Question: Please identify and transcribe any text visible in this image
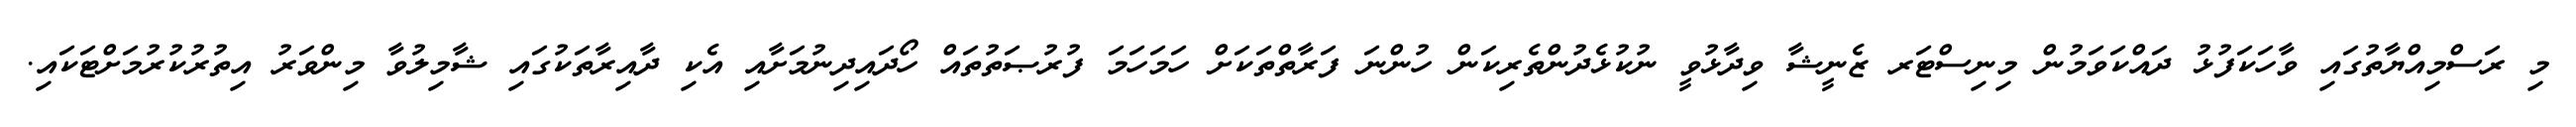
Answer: މި ރަސްމިއްޔާތުގައި ވާހަކަފުޅު ދައްކަވަމުން މިނިސްޓަރ ޒެނީޝާ ވިދާޅުވީ ނުކުޅެދުންތެރިކަން ހުންނަ ފަރާތްތަކަށް ހަމަހަމަ ފުރުޞަތުތައް ހޯދައިދިނުމަށާއި އެކި ދާއިރާތަކުގައި ޝާމިލުވާ މިންވަރު އިތުރުކުރުމަށްޓަކައި.